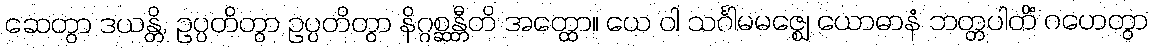
ဆေတွာ ဒယန္တိ, ဥပ္ပတိတွာ ဥပ္ပတိတွာ နိဂ္ဂစ္ဆန္တီတိ အတ္ထော။ ယေ ဝါ သင်္ဂါမမဇ္ဈေ ယောဓာနံ ဘတ္တပါတိံ ဂဟေတွာ